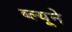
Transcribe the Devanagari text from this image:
ब्ल्यूने